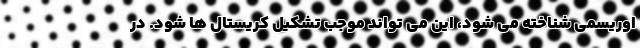
اوریسمی شناخته می شود، این می تواند موجب تشکیل کریستال ها شود. در